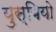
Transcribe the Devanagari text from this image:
युस्बियो